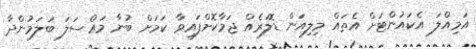
އަމިއްލަ އެކައުންޓަށް އެތައް މިލިއަން ޑޮލަރެއް ޖަމާކޮށްފައިވާ ކަމަށް ބުނާ މައްސަލަ ބަލަމުންދާ